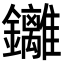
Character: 𮣮